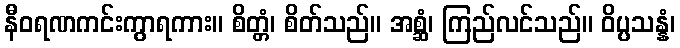
နီဝရဏကင်းကွာရကား။ စိတ္တံ၊ စိတ်သည်။ အစ္ဆံ၊ ကြည်လင်သည်။ ဝိပ္ပသန္နံ၊